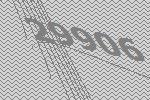
29906